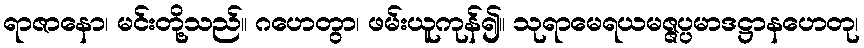
ရာဇာနော၊ မင်းတို့သည်။ ဂဟေတွာ၊ ဖမ်းယူကုန်၍။ သုရာမေရယမဇ္ဇပ္ပမာဒဋ္ဌာနဟေတု၊